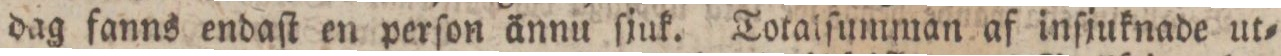
dag fanns endaſt en perſon ännu ſjuk. Totalſumman af inſjuknade ut=